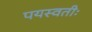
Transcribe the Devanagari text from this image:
पयस्वतीः